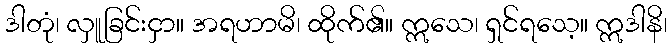
ဒါတုံ၊ လှူခြင်းငှာ။ အရဟာမိ၊ ထိုက်၏။ ဣသေ၊ ရှင်ရသေ့။ ဣဒါနိ၊